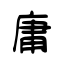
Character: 庸